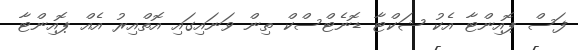
ފަސް ޕޮއިންޓާ އެކު ޝަކްޓާ ޑޮނެޓްސްކް ތިން ވަނައިގައި އޮތްއިރު އެއް ޕޮއިންޓާ